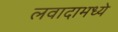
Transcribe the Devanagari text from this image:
लवादामध्ये